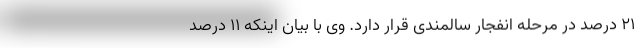
۲۱ درصد در مرحله انفجار سالمندی قرار دارد. وی با بیان اینکه ۱۱ درصد